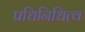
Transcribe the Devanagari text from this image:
प्रधिनिधित्व